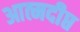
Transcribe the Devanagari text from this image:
आत्मदीप्त